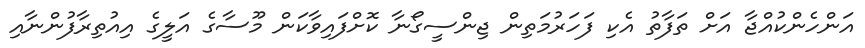
އަންހެންކުއްޖާ އަށް ތަފާތު އެކި ފަހަރުމަތިން ޖިންސީގޯނާ ކޮށްފައިވާކަން މޫސާގެ އަލީގެ އިއުތިރާފުންނާއި